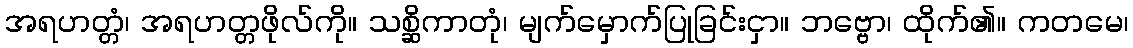
အရဟတ္တံ၊ အရဟတ္တဖိုလ်ကို။ သစ္ဆိကာတုံ၊ မျက်မှောက်ပြုခြင်းငှာ။ ဘဗ္ဗော၊ ထိုက်၏။ ကတမေ၊